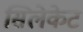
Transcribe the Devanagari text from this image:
सिलेकेट